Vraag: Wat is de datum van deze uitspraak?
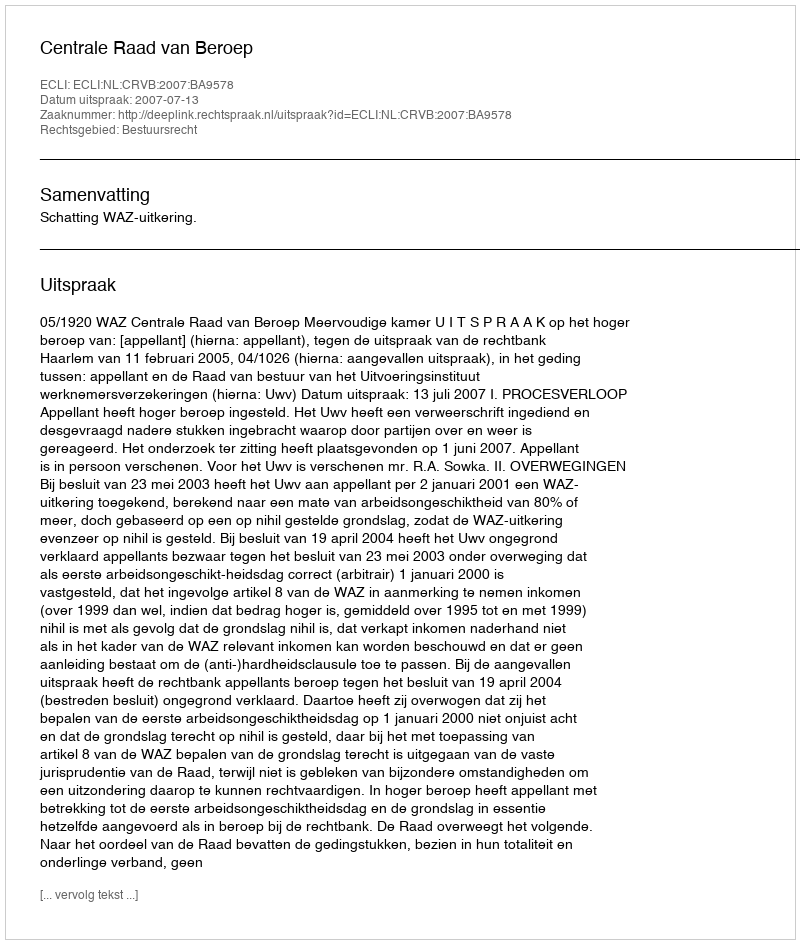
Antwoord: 2007-07-13